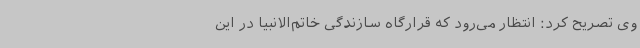
وی تصریح کرد: انتظار می‌رود که قرارگاه سازندگی خاتم‌الانبیا در این